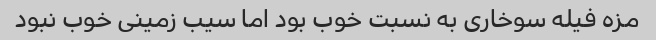
مزه فیله سوخاری به نسبت خوب بود اما سیب زمینی خوب نبود